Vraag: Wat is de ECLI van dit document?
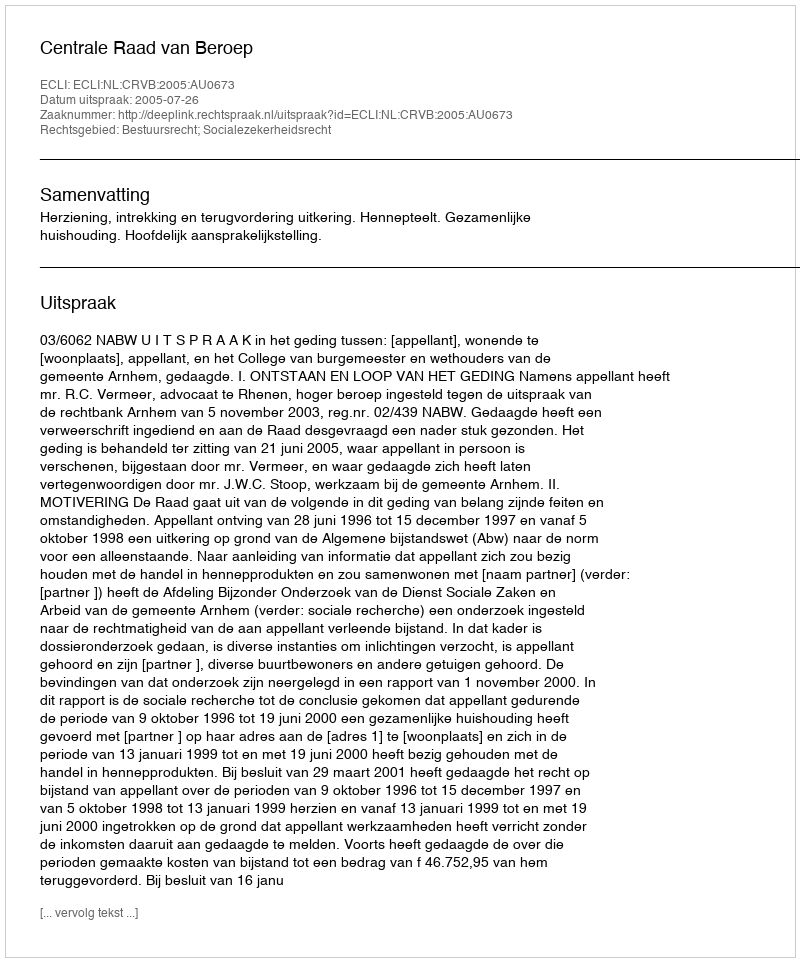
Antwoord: ECLI:NL:CRVB:2005:AU0673